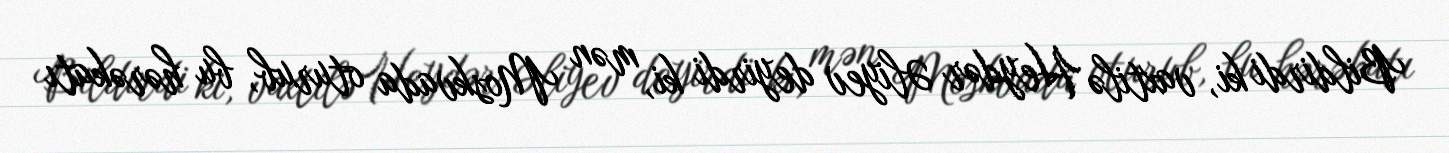
Bildirdi ki, vaxtilə Heydər Əliyev deyirdi ki, mən Moskvada oturub, bu hərəkatı